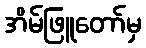
အိမ်ဖြူတော်မှ